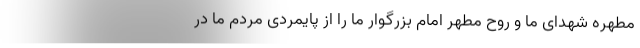
مطهره شهدای ما و روح مطهر امام بزرگوار ما را از پایمردی مردم ما در